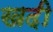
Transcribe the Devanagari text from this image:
खदी